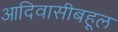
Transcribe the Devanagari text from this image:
आदिवासीबहूल